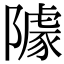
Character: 𨼫